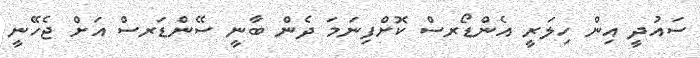
ސައުދީ އިން ހިލަރީ އެންޑޯރސް ކޮށްފިނަމަ ދެން ބާނީ ސޭންޑަރސް އަށް ޖެހޭނީ